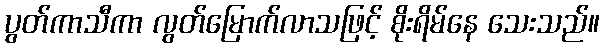
ပွတ်ကာသီကာ လွတ်မြောက်လာသဖြင့် စိုးရိမ်နေ သေးသည်။